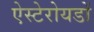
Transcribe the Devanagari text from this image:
ऐस्टेरोयडों